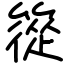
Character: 篵